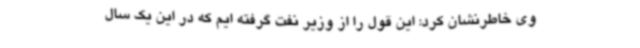
وی خاطرنشان کرد: این قول را از وزیر نفت گرفته ایم که در این یک سال